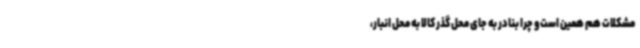
مشکلات هم همین است و چرا بنادر به جای محل گذر کالا به محل انبار،